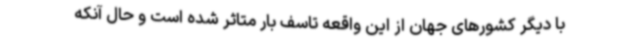
با دیگر کشورهای جهان از این واقعه تاسف بار متاثر شده است و حال آنکه